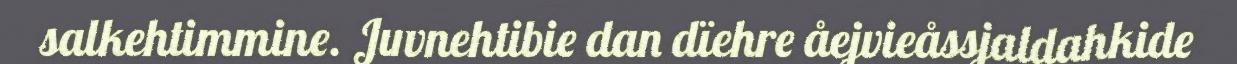
salkehtimmine. Juvnehtibie dan dïehre åejvieåssjaldahkide